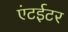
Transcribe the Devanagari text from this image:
एंटईटर